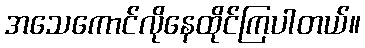
အသေကောင်လိုနေထိုင်ကြပါတယ်။